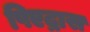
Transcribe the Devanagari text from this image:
पिएद्रास